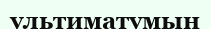
ультиматумын